Treatise on elephants
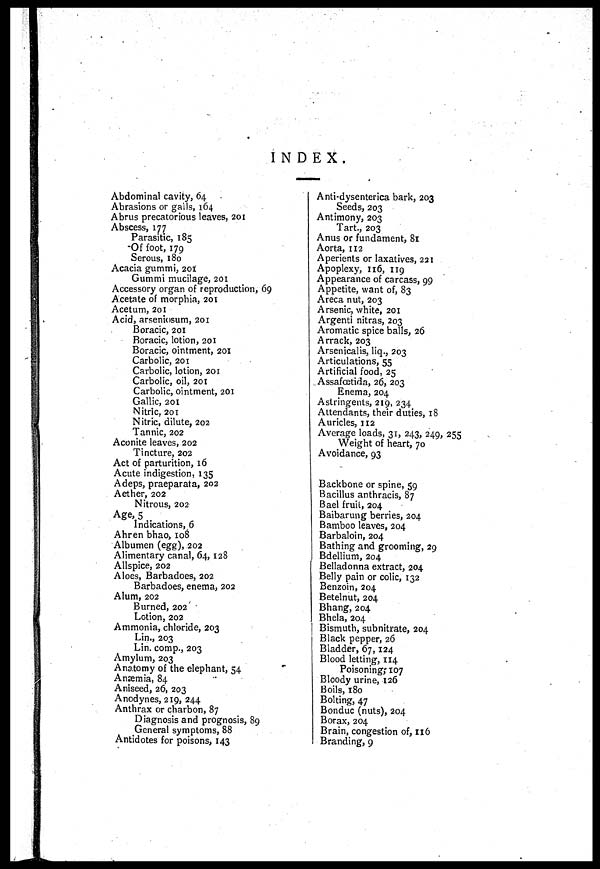
INDEX.
Abdominal cavity, 64
Abrasions or gails, 164
Abrus precatorious leaves, 201
Abscess, 177
Parasitic, 185
Of foot, 179
Serous, 180
Acacia gummi, 201
Gummi mucilage, 201
Accessory organ of reproduction, 69
Acetate of morphia, 201
Acetum, 201
Acid, arseniosum, 201
Boracic, 201
Boracic, lotion, 201
Boracic, ointment, 201
Carbolic, 201
Carbolic, lotion, 201
Carbolic, oil, 201
Carbolic, ointment, 201
Gallic, 201
Nitric. 201
Nitric, dilute, 202
Tannic, 202
Aconite leaves, 202
Tincture, 202
Act of parturition, 16
Acute indigestion, 135
Adeps, praeparata, 202
Aether, 202
Nitrous, 202
Age, 5
Indications, 6
Ahren bhao, 108
Albumen (egg), 202
Alimentary canal, 64, 128
Allspice, 202
Aloes, Barbadoes, 202
Barbadoes, enema, 202
Alum, 202
Burned, 202
Lotion, 202
Ammonia, chloride, 203
Lin., 203
Lin. comp., 203
Amylum, 203
Anatomy of the elephant, 54
Anaemia, 84
Aniseed, 26, 203
Anodynes, 219, 244
Anthrax or chatbon, 87
Diagnosis and prognosis, 89
General symptoms, 88
Antidotes for poisons, 143
Anti-dysenterica bark, 203
Seeds, 203
Antimony, 203
Tart-, 203
Anus or fundament, 81
Aorta, 112
Aperients or laxatives, 231
Apoplexy, 116, 119
Appearance of carcass, 99
Appetite, want of, 83
Areca nut, 203
Arsenic, white, 201
Argenti nitras, 203
Aromatic spice balls, 26
Arrack, 203
Arsenicalis, liq., 203
Articulations, 55
Artificial food, 25
Assafoetida, 26, 203
Enema, 204
Astringents, 219, 234
Attendants, their duties, 18
Auricles, 112
Average loads, 31, 243, 249, 255
Weight of heart, 70
Avoidance, 93
Backbone or spine, 59
Bacillus anthracis, 87
Bael fruil, 204
Baibarung berries, 204
Bamboo leaves, 204
Barbaloin, 204
Bathing and grooming, 29
Bdellium, 204
Belladonna extract, 204
Belly pain or colic, 132
Benzoin, 204
Betelnut, 204
Bhang, 204
Bhela, 204
Bismuth, subnitrate, 204
Black pepper, 26
Bladder, 67,124
Blood letting, 114
Poisoning; 107
Bloody urine, 126
Boils, 180
Bolting, 47
Bonduc (nuts), 204
Borax, 204
Brain, congestion of, 116
Branding, 9